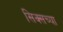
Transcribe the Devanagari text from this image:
सिक्सच्या